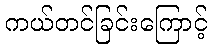
ကယ်တင်ခြင်းကြောင့်